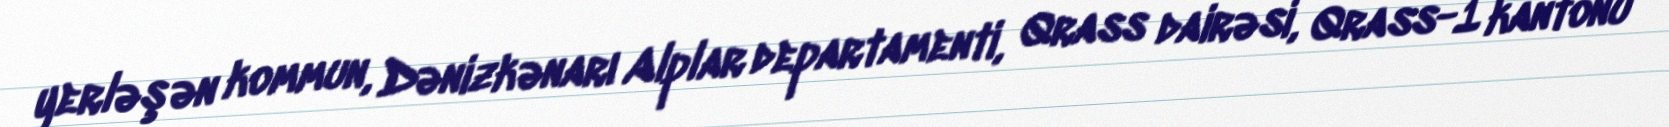
yerləşən kommun, Dənizkənarı Alplar departamenti, Qrass dairəsi, Qrass-1 kantonu